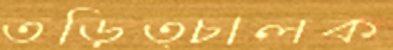
তড়িত্চালক